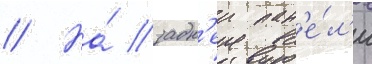
// На́ задн'еи пан'е́л'и